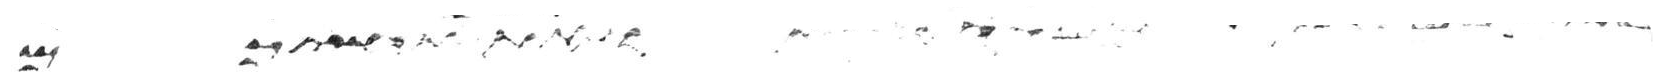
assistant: ולא יחללו את שם